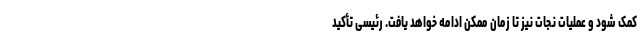
کمک شود و عملیات نجات نیز تا زمان ممکن ادامه خواهد یافت. رئیسی تأکید